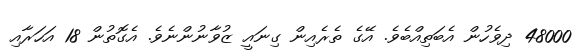
48000 ދިވެހުން އެބަތިއްބެވެ. އޭގެ ތެރެއިން ގިނައީ ޒުވާނުންނެވެ. އެގޮތުން 18 އަހަރާއި